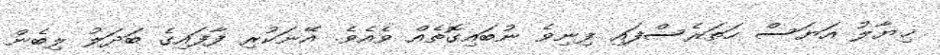
ޚިޔާލު އަޔަސް ހަތަރެސްފައި ފިނިވެ ނުބައިގޮތެއް ވެއެވެ. އޭނަކުރި ފާފައިގެ ބަދަލު ލިބެން